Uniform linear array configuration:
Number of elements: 12
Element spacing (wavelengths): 0.25
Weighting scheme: binomial
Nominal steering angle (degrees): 0
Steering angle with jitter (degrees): -1.774
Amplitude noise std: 0.05
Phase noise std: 0.05

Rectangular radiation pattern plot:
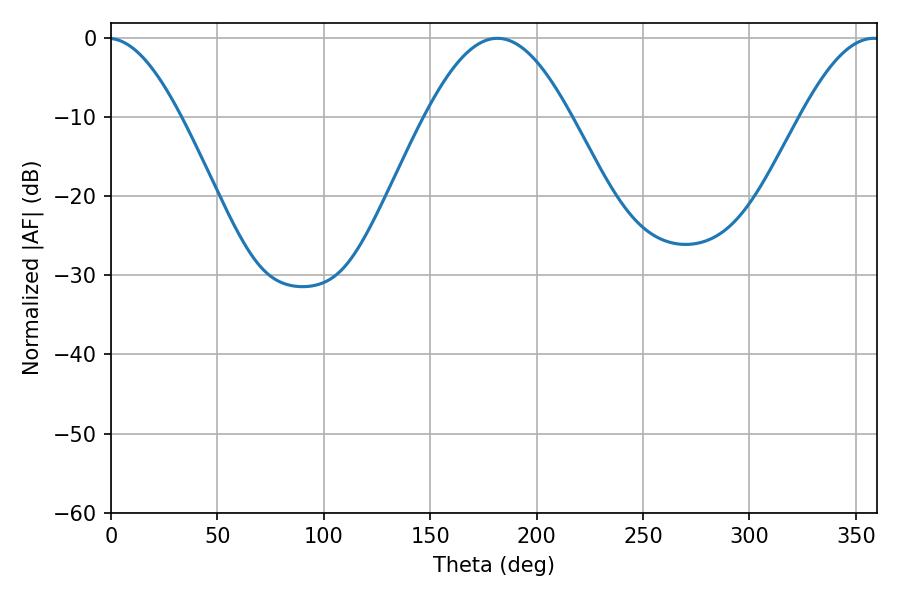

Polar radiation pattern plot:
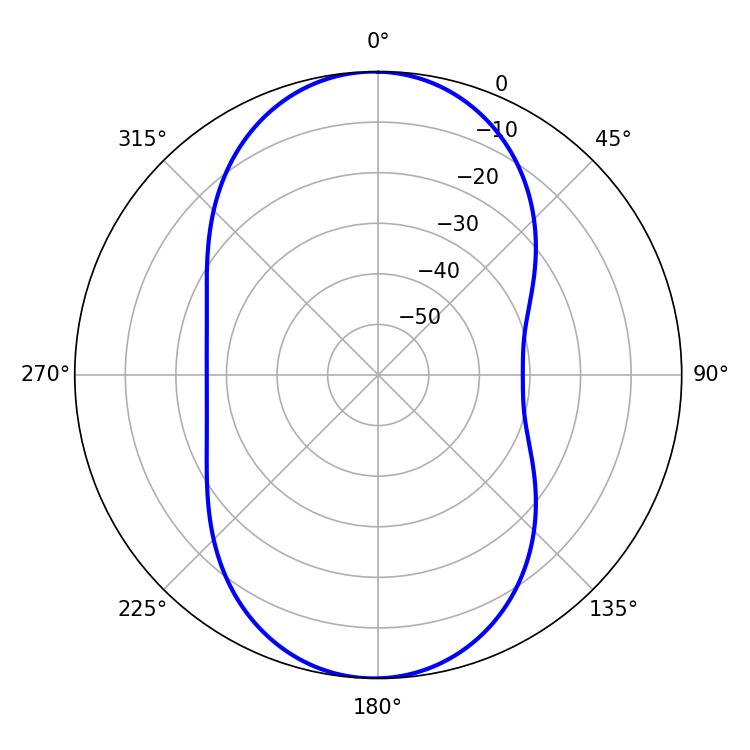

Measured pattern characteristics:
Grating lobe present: FALSE
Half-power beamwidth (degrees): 37.08
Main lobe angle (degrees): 181.62